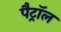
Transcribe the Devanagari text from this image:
पैट्रॉल